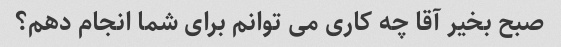
صبح بخیر آقا چه کاری می توانم برای شما انجام دهم؟